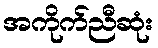
အကိုက်ညီဆုံး